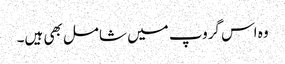
وہ اس گروپ میں شامل بھی ہیں۔